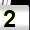
Digit: 2